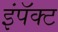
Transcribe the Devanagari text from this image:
इंपॅक्ट